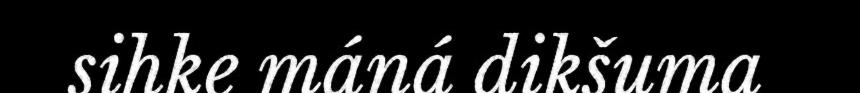
sihke máná dikšuma